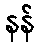
နန်